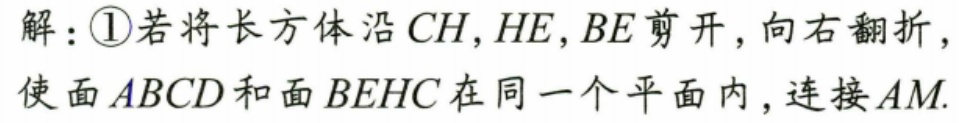
解：\textcircled{1}若将长方体沿 \(CH,HE,BE\) 剪开，向右翻折，使面 \(ABCD\) 和面 \(BEHC\) 在同一个平面内，连接 \(AM\).